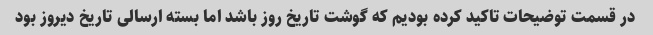
در قسمت توضیحات تاکید کرده بودیم که گوشت تاریخ روز باشد اما بسته ارسالی تاریخ دیروز بود